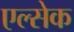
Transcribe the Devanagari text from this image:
एल्सेक